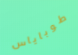
طوباياس